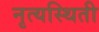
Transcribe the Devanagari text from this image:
नृत्यस्थिती